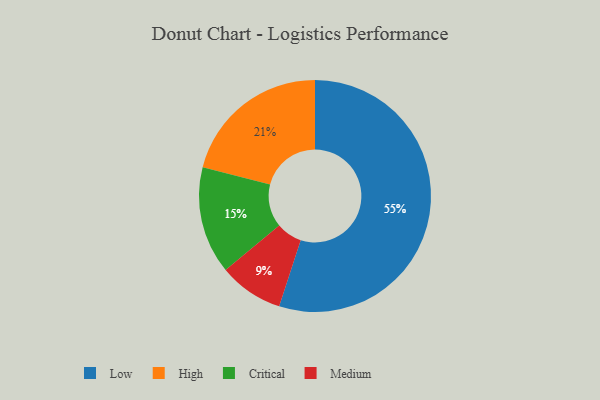
{"axis": {"x": "Category", "y": "Percentage"}, "legend": ["Critical", "High", "Low", "Medium"], "data": [{"x": "High", "y": 21, "type": "High"}, {"x": "Low", "y": 55, "type": "Low"}, {"x": "Medium", "y": 9, "type": "Medium"}, {"x": "Critical", "y": 15, "type": "Critical"}]}